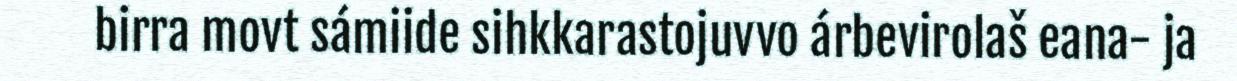
birra movt sámiide sihkkarastojuvvo árbevirolaš eana- ja